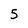
Character: 5